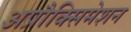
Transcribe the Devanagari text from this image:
अप्रौक्सिमेशन